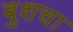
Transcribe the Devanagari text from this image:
बुशचा